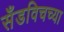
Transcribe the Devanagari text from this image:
सँडविचच्या